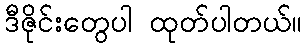
ဒီဇိုင်းတွေပါ ထုတ်ပါတယ်။